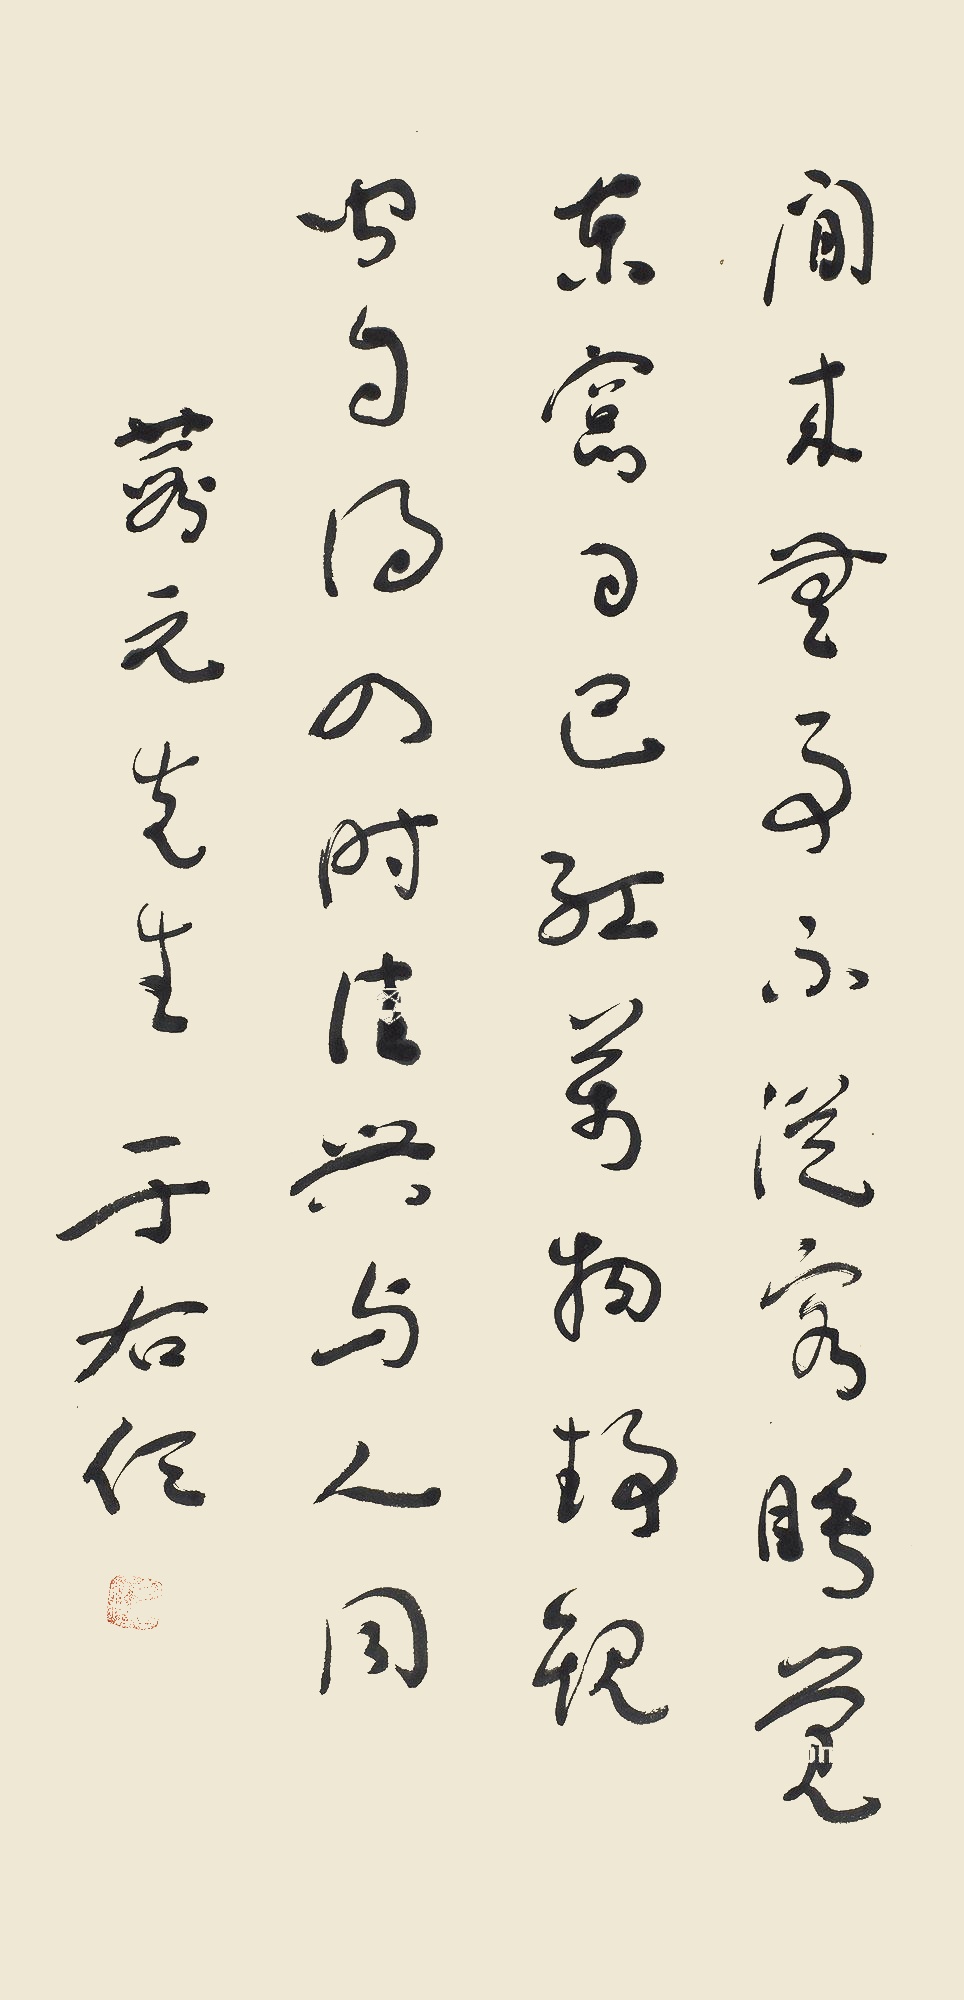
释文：闲来无事不从容，睡觉东窗日已红。万物静观皆自得，四时佳兴与人同。葭元先生，于右任。